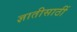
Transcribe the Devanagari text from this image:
ज्ञातीसाठीं